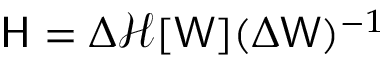
\mathsf { H } = \Delta \mathcal { H } [ \mathsf { W } ] ( \Delta \mathsf { W } ) ^ { - 1 }